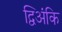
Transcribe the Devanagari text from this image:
द्विअंकि